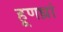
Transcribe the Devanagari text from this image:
हूणध्रां